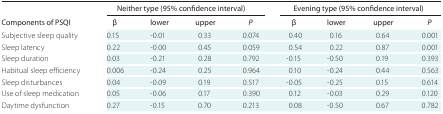
<table><thead><tr><td rowspan="2"><b>Components of PSQI</b></td><td colspan="4"><b>Neither type (95% confidence interval)</b></td><td colspan="4"><b>Evening type (95% confidence interval)</b></td></tr><tr><td><b>β</b></td><td><b>lower</b></td><td><b>upper</b></td><td><b><i>P</i></b></td><td><b>β</b></td><td><b>lower</b></td><td><b>upper</b></td><td><b><i>P</i></b></td></tr></thead><tbody><tr><td>Subjective sleep quality</td><td>0.15</td><td>-0.01</td><td>0.33</td><td>0.074</td><td>0.40</td><td>0.16</td><td>0.64</td><td>0.001</td></tr><tr><td>Sleep latency</td><td>0.22</td><td>-0.00</td><td>0.45</td><td>0.059</td><td>0.54</td><td>0.22</td><td>0.87</td><td>0.001</td></tr><tr><td>Sleep duration</td><td>0.03</td><td>-0.21</td><td>0.28</td><td>0.792</td><td>-0.15</td><td>-0.50</td><td>0.19</td><td>0.393</td></tr><tr><td>Habitual sleep efficiency</td><td>0.006</td><td>-0.24</td><td>0.25</td><td>0.964</td><td>0.10</td><td>-0.24</td><td>0.44</td><td>0.563</td></tr><tr><td>Sleep disturbances</td><td>0.04</td><td>-0.09</td><td>0.19</td><td>0.517</td><td>-0.05</td><td>-0.25</td><td>0.15</td><td>0.614</td></tr><tr><td>Use of sleep medication</td><td>0.05</td><td>-0.06</td><td>0.17</td><td>0.390</td><td>0.12</td><td>-0.03</td><td>0.29</td><td>0.120</td></tr><tr><td>Daytime dysfunction</td><td>0.27</td><td>-0.15</td><td>0.70</td><td>0.213</td><td>0.08</td><td>-0.50</td><td>0.67</td><td>0.782</td></tr></tbody></table>